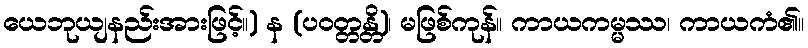
ယေဘုယျနည်းအားဖြင့်။) န (ပဝတ္တန္တိ)၊ မဖြစ်ကုန်။ ကာယကမ္မဿ၊ ကာယကံ၏။